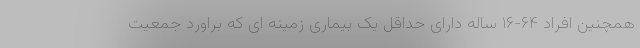
همچنین افراد ۶۴-۱۶ ساله دارای حداقل یک بیماری زمینه ای که براورد جمعیت